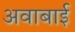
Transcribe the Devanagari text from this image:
अवाबाई